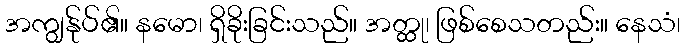
အကျွန်ုပ်၏။ နမော၊ ရှိခိုးခြင်းသည်။ အတ္ထု၊ ဖြစ်စေသတည်း။ နေသံ၊